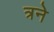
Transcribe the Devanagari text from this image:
त्रने